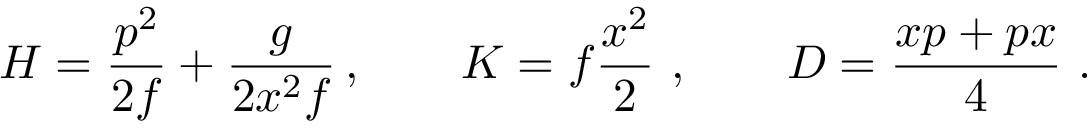
H = { \frac { p ^ { 2 } } { 2 f } } + { \frac { g } { 2 x ^ { 2 } f } } \, , \qquad K = f { \frac { x ^ { 2 } } { 2 } } \ , \qquad D = { \frac { x p + p x } { 4 } } \ .